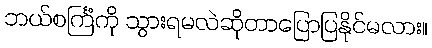
ဘယ်စင်္ကြံကို သွားရမလဲဆိုတာပြောပြနိုင်မလား။